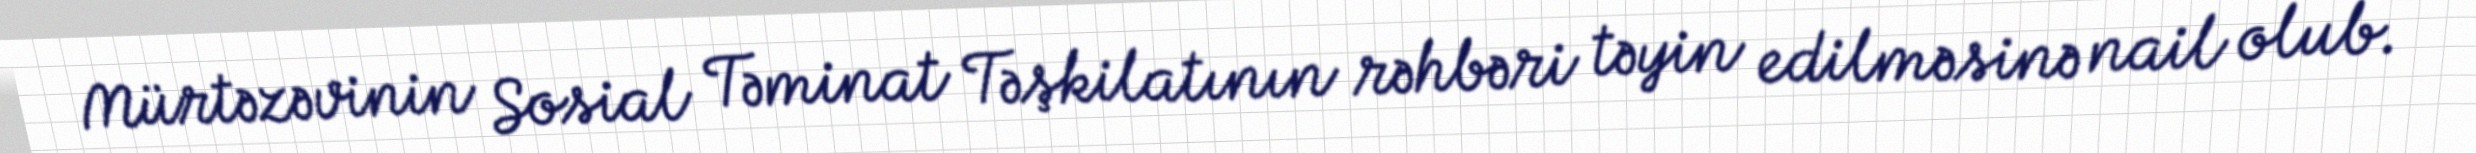
Mürtəzəvinin Sosial Təminat Təşkilatının rəhbəri təyin edilməsinə nail olub.